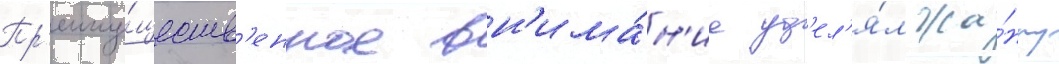
Пр'еиму́ществ'енное вн'има́н'ие уд'ел'я́л жа́нру